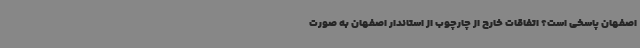
اصفهان پاسخی است؟ اتفاقات خارج از چارچوب از استاندار اصفهان به صورت